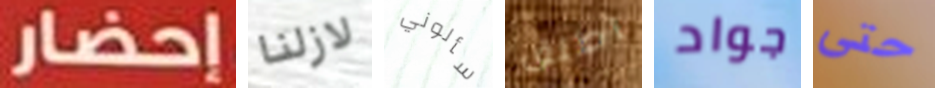
إحضار لازلنا سألوني اطلق جواد حتى